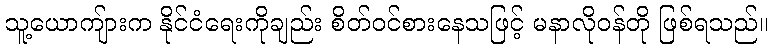
သူ့ယောကျ်ားက နိုင်ငံရေးကိုချည်း စိတ်ဝင်စားနေသဖြင့် မနာလိုဝန်တို ဖြစ်ရသည်။